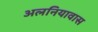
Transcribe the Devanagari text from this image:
अलनियावास